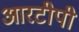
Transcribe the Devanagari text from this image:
आरटीपी